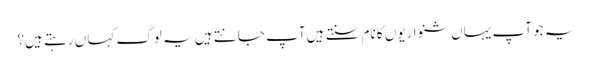
یہ جو آپ یہاں شنواریوں کا نام سنتے ہیں آپ جانتے ہیں یہ لوگ کہاں رہتے ہیں؟